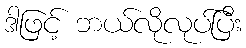
ဒါဖြင့် ဘယ်လိုလုပ်ပြီး